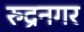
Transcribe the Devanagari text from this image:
रुद्रनगर